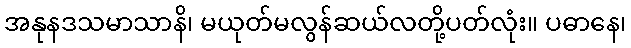
အနုနဒသမာသာနိ၊ မယုတ်မလွန်ဆယ်လတို့ပတ်လုံး။ ပဓာနေ၊